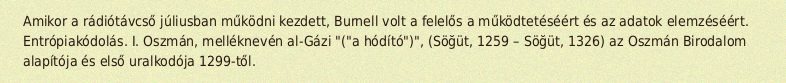
Amikor a rádiótávcső júliusban működni kezdett, Burnell volt a felelős a működtetéséért és az adatok elemzéséért. Entrópiakódolás. I. Oszmán, melléknevén al-Gázi "("a hódító")", (Söğüt, 1259 – Söğüt, 1326) az Oszmán Birodalom alapítója és első uralkodója 1299-től.